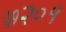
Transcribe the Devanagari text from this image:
७२०१